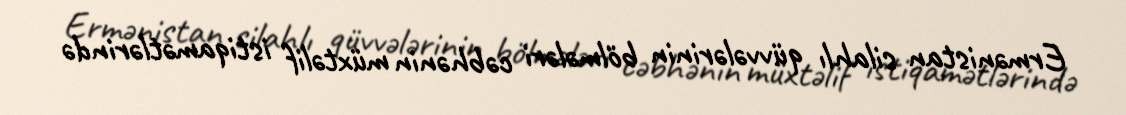
Ermənistan silahlı qüvvələrinin bölmələri cəbhənin müxtəlif istiqamətlərində